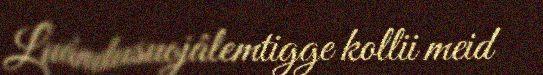
Luándusuojâlemtigge kollii meid